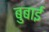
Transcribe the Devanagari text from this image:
बुबाई